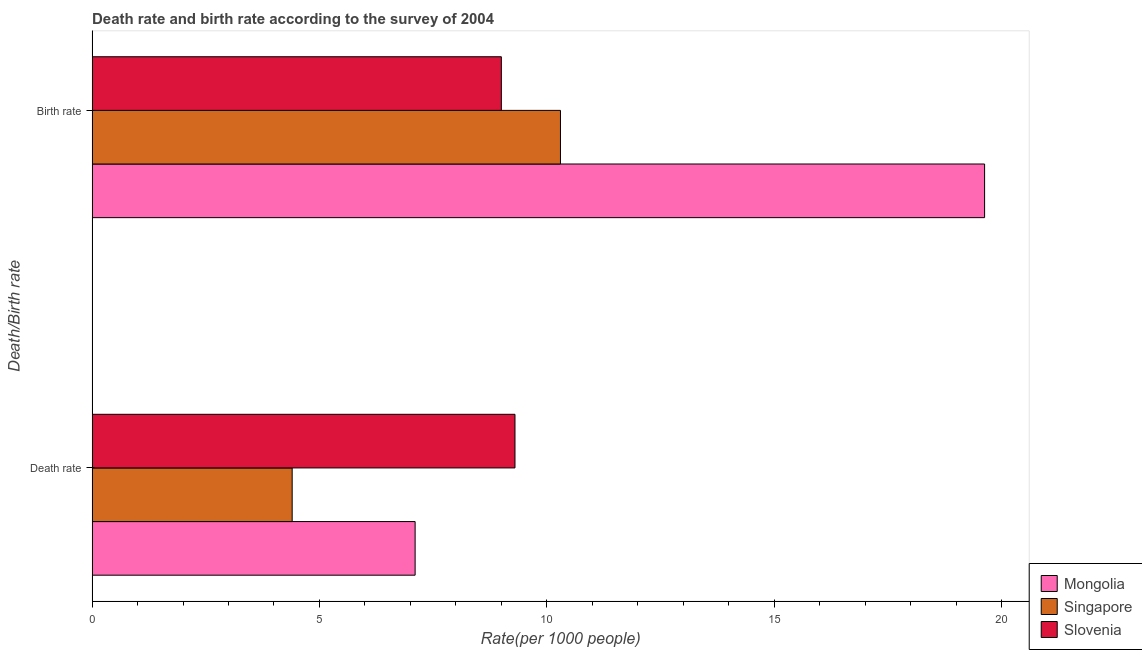
| Death/Birth rate | Mongolia | Singapore | Slovenia |
 | --- | --- | --- | --- |
 | Death rate | 7.1 | 4.4 | 9.3 |
 | Birth rate | 19.6 | 10.3 | 9 |